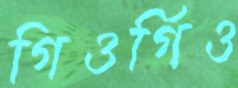
গিওর্গিও